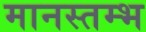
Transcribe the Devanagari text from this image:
मानस्तम्भ